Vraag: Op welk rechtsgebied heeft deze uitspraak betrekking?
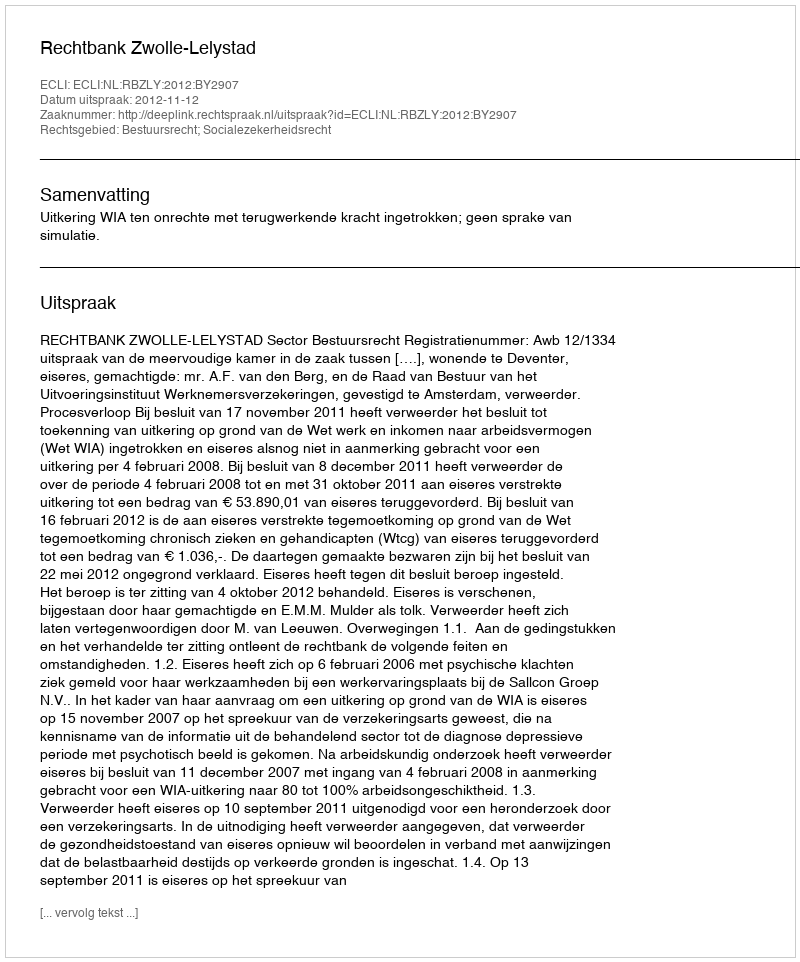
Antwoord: Bestuursrecht; Socialezekerheidsrecht